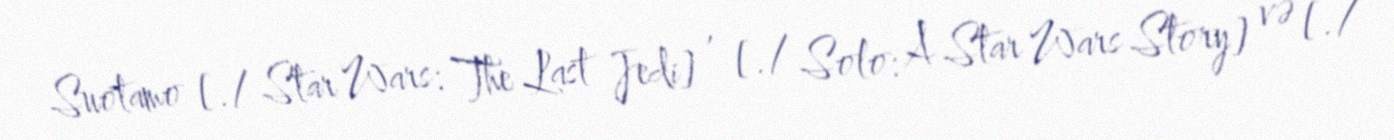
Suotamo [./ Star Wars: The Last Jedi] , [./ Solo: A Star Wars Story] və [./